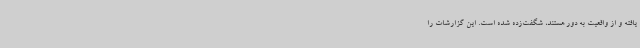
یافته و از واقعیت به دور هستند، شگفت‌زده شده است. این‌ گزارشات را